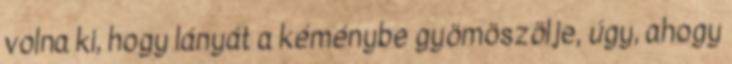
volna ki, hogy lányát a kéménybe gyömöszölje, úgy, ahogy